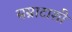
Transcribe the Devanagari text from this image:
सम्राटाशी